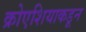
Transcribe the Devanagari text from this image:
क्रोएशियाकडून